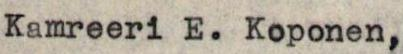
Kamreeri E. Koponen,